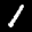
Label: 1